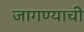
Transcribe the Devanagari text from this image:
जागण्याची